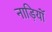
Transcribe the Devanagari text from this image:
नाड़ियॉं